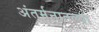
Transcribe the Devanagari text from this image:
अंतर्मनातल्या